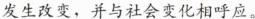
发生改变，并与社会变化相呼应。